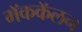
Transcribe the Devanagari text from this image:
मॅककॅलन